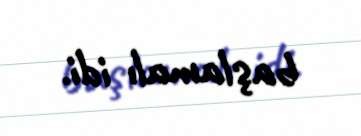
başlamalı idi.